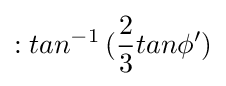
:tan^{-1}\,({\frac {2}{3}}tan\phi ')